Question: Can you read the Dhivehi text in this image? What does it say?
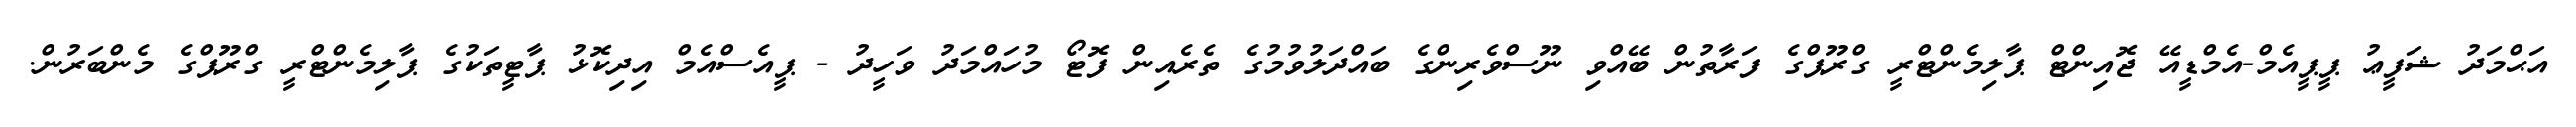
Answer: އަޙްމަދު ޝަފީޢު ޕީޕީއެމް-އެމްޑީއޭ ޖޮއިންޓް ޕާލިމެންޓްރީ ގްރޫޕްގެ ފަރާތުން ބޭއްވި ނޫސްވެރިންގެ ބައްދަލުވުމުގެ ތެރެއިން ފޮޓޯ މުހައްމަދު ވަހީދު - ޕީއެސްއެމް އިދިކޮޅު ޕާޓީތަކުގެ ޕާލިމެންޓްރީ ގްރޫޕްގެ މެންބަރުން.